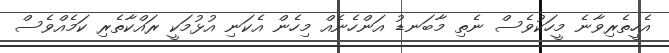
އެހީތެރިވާނެ މީހަކުވެސް ނެތި މާބަނޑު އަންހެނެއް މިހެން އެކަނި އުޅުމަކީ ރައްކާތެރި ކަމެއްވެސް